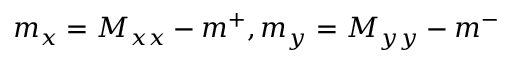
m _ { x } = M _ { x x } - m ^ { + } , m _ { y } = M _ { y y } - m ^ { - }